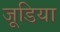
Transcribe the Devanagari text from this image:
जूडिया